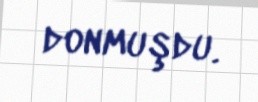
donmuşdu.